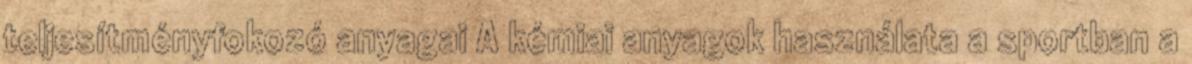
teljesítményfokozó anyagai A kémiai anyagok használata a sportban a